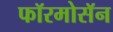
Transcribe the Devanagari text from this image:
फॉरमोसॅन